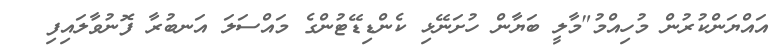
އައްޔަންކުރުން މުހިއްމު"މާލީ ބަޔާން ހުށަނޭޅި ކެންޑިޑޭޓުންގެ މައްސަލަ އަނބުރާ ފޮނުވާލައިފި